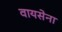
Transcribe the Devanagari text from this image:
वायसेना